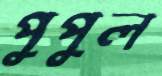
পুপুল